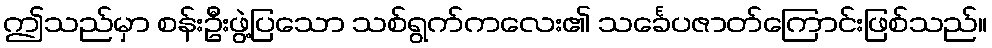
ဤသည်မှာ စန်းဦးဖွဲ့ပြသော သစ်ရွက်ကလေး၏ သင်္ခေပဇာတ်ကြောင်းဖြစ်သည်။